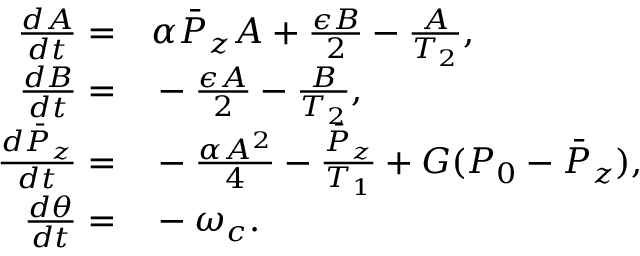
\begin{array} { r l } { \frac { d A } { d t } = } & { { } \alpha \bar { P } _ { z } A + \frac { \epsilon B } { 2 } - \frac { A } { T _ { 2 } } , } \\ { \frac { d B } { d t } = } & { { } - \frac { \epsilon A } { 2 } - \frac { B } { T _ { 2 } } , } \\ { \frac { d \bar { P } _ { z } } { d t } = } & { { } - \frac { \alpha A ^ { 2 } } { 4 } - \frac { \bar { P } _ { z } } { T _ { 1 } } + G ( P _ { 0 } - \bar { P } _ { z } ) , } \\ { \frac { d \theta } { d t } = } & { { } - \omega _ { c } . } \end{array}